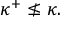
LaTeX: \kappa ^ { + } \nleq \kappa .